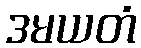
ဒမယတံ